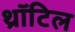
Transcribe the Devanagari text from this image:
थ्रॉटिल